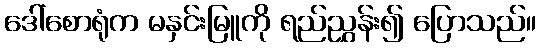
ဒေါ်စောရုံက မနှင်းမြူကို ရည်ညွှန်း၍ ပြောသည်။